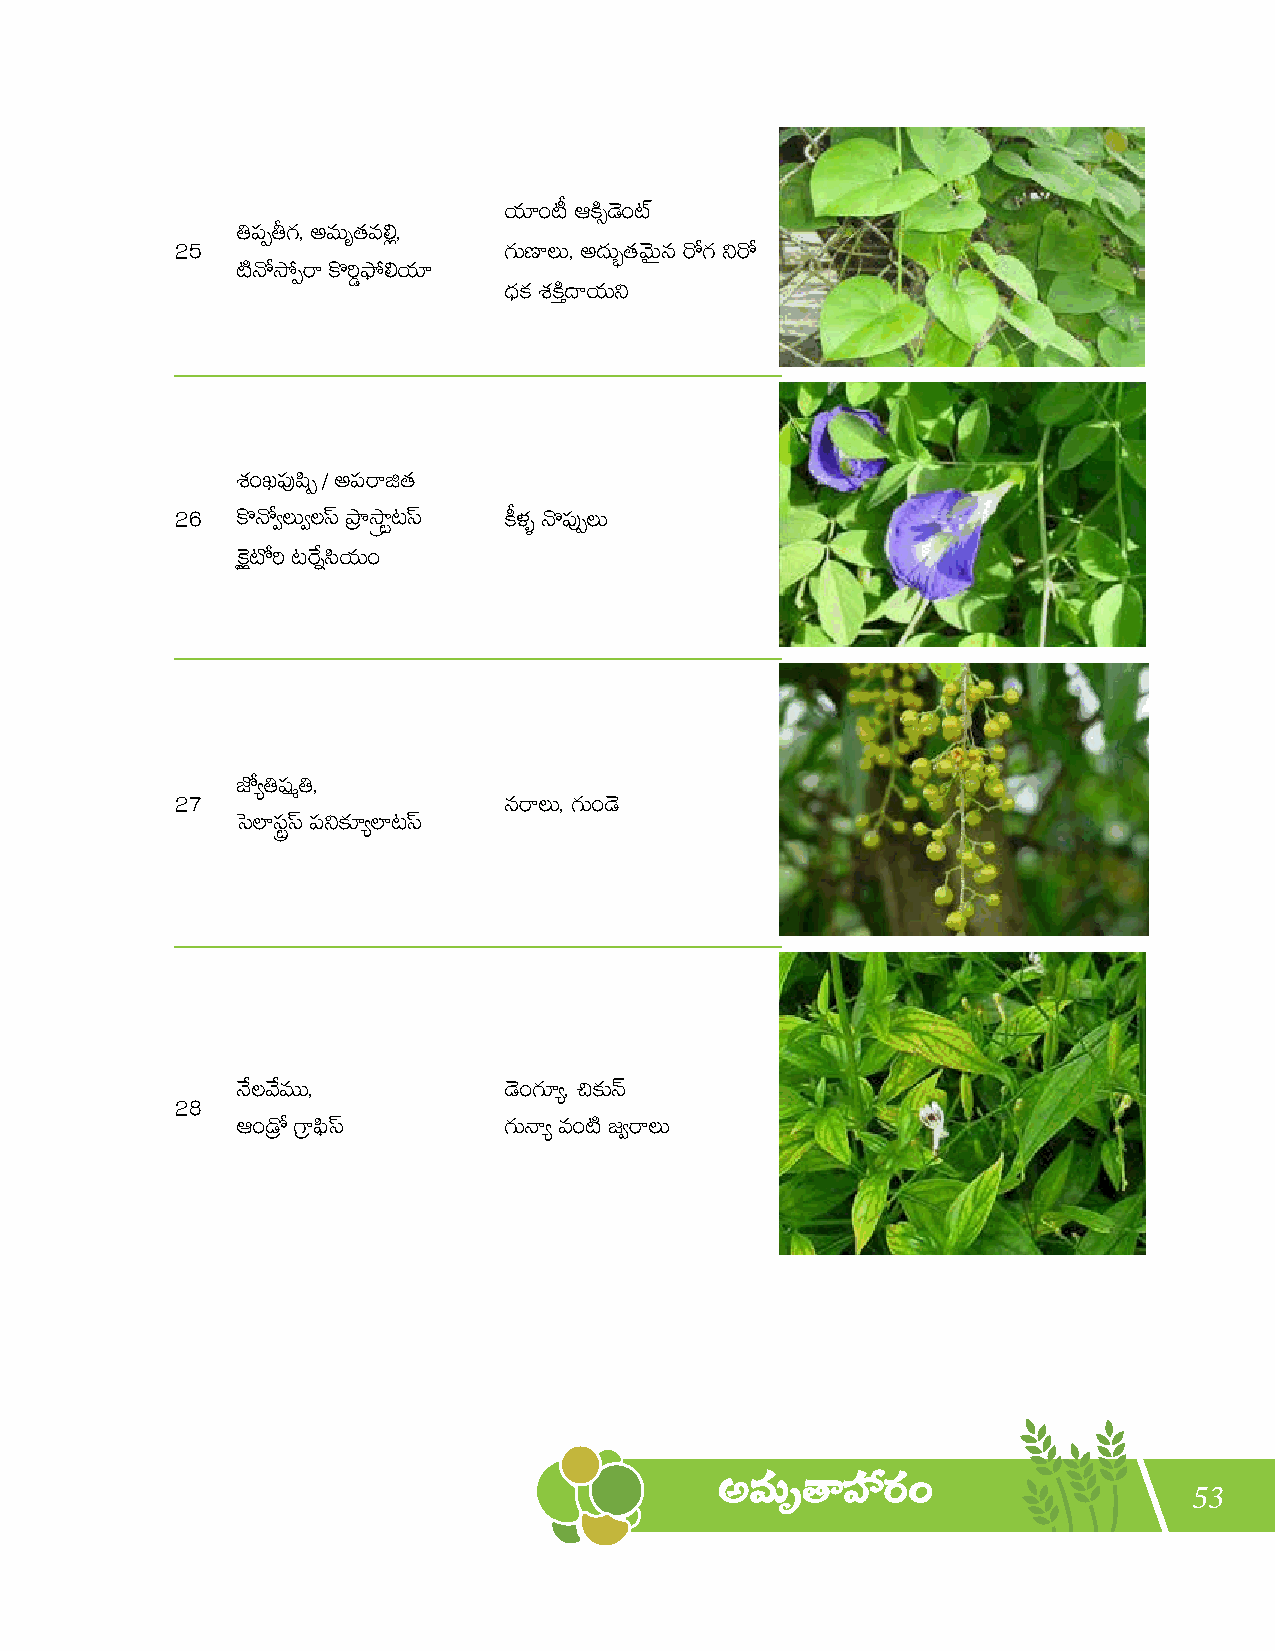
 
  
                       
  
  
   
      
  
 
                     
  
          
 
       
 
 53